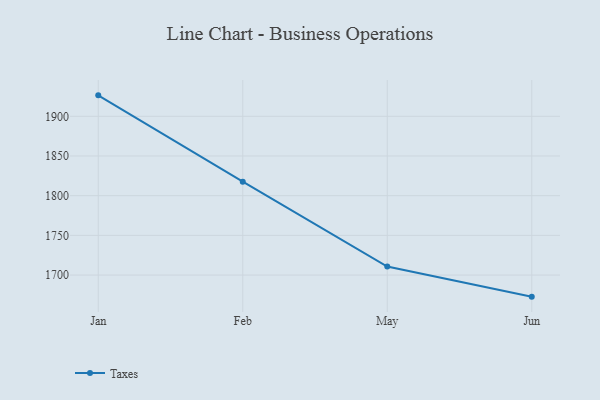
{"axis": {"x": "Month", "y": "Energy Usage (MWh)"}, "legend": ["Taxes"], "data": [{"x": "Jan", "y": 1926.4, "type": "Taxes"}, {"x": "Feb", "y": 1817.7, "type": "Taxes"}, {"x": "May", "y": 1710.7, "type": "Taxes"}, {"x": "Jun", "y": 1672.8, "type": "Taxes"}]}